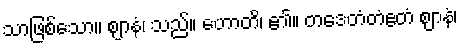
သာဖြစ်သော။ ဈာနံ၊ သည်။ ဟောတိ၊ ၏။ တဒေတံတံဧတံ ဈာနံ၊